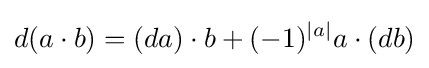
d(a\cdot b)=(da)\cdot b+(-1)^{|a|}a\cdot (db)